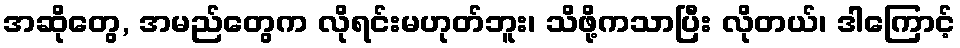
အဆိုတွေ, အမည်တွေက လိုရင်းမဟုတ်ဘူး၊ သိဖို့ကသာပြီး လိုတယ်၊ ဒါကြောင့်